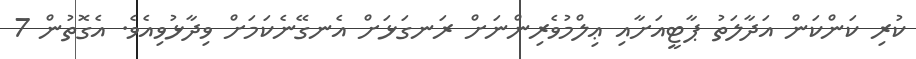
ކުރި ކަންކަން އަދާލަތު ޕާޓީއަށާއި ޢިލްމުވެރިންނަށް ރަނގަޅަށް އެނގޭނެކަމަށް ވިދާޅުވިއެވެ. އެގޮތުން 7